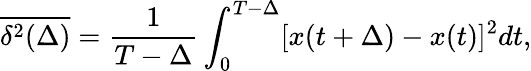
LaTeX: \overline{{\delta^{2}(\Delta)}}=\frac{1}{T-\Delta}\int_{0}^{T-\Delta}[x(t+\Delta)-x(t)]^{2}dt,